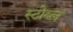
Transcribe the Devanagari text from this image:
स्टोब्ल